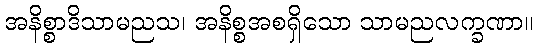
အနိစ္စာဒိသာမညသ၊ အနိစ္စအစရှိသော သာမညလက္ခဏာ။